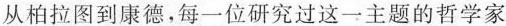
从柏拉图到康德，每一位研究过这一主题的哲学家